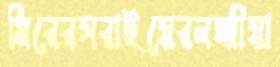
মিরেরসরাইয়েরলক্ষ্মীয়া